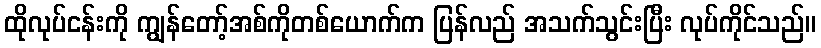
ထိုလုပ်ငန်းကို ကျွန်တော့်အစ်ကိုတစ်ယောက်က ပြန်လည် အသက်သွင်းပြီး လုပ်ကိုင်သည်။